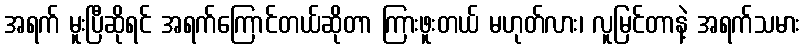
အရက် မူးပြီဆိုရင် အရက်ကြောင်တယ်ဆိုတာ ကြားဖူးတယ် မဟုတ်လား၊ လူမြင်တာနဲ့ အရက်သမား